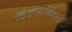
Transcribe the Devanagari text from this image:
विलयछिद्रांचे